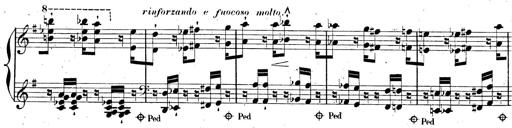
Title: AnnÃ©es de pÃ¨lerinage II, SupplÃ©ment
Composer: Franz Liszt